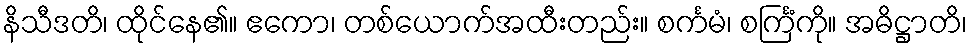
နိသီဒတိ၊ ထိုင်နေ၏။ ဧကော၊ တစ်ယောက်အထီးတည်း။ စင်္ကမံ၊ စင်္ကြံကို။ အဓိဋ္ဌာတိ၊